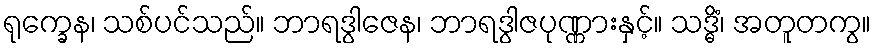
ရုက္ခေန၊ သစ်ပင်သည်။ ဘာရဒွါဇေန၊ ဘာရဒွါဇပုဏ္ဏားနှင့်။ သဒ္ဓိံ၊ အတူတကွ။